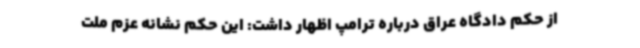
از حکم دادگاه عراق درباره ترامپ اظهار داشت: این حکم نشانه عزم ملت